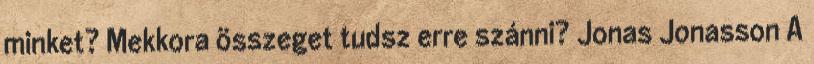
minket? Mekkora összeget tudsz erre szánni? Jonas Jonasson A